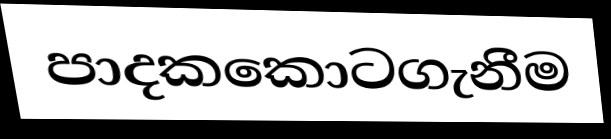
පාදකකොටගැනීම